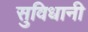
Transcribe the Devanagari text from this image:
सुविधानी